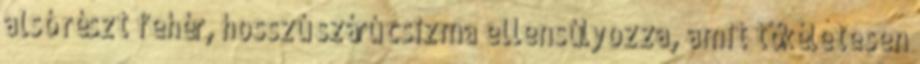
alsó részt fehér, hosszú szárú csizma ellensúlyozza, amit tökéletesen